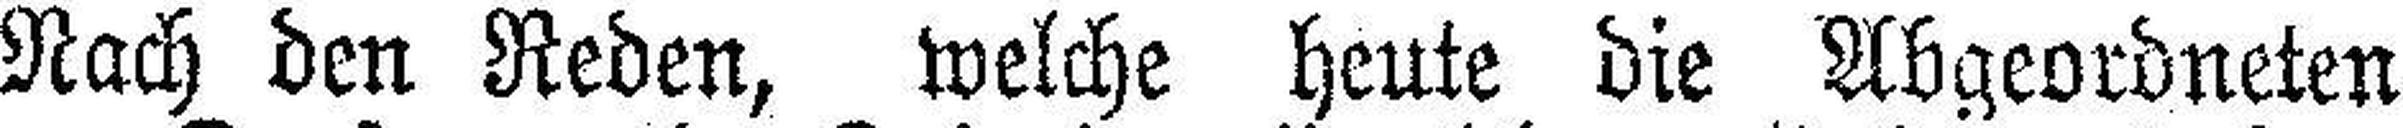
Nach den Reden, welche heute die Abgeordneten